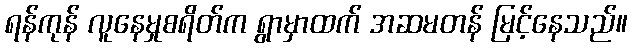
ရန်ကုန် လူနေမှုစရိတ်က ရွာမှာထက် အဆမတန် မြင့်နေသည်။